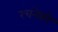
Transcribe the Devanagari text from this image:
रचनेको